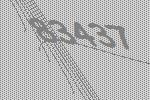
83437